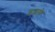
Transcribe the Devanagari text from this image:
इजाफ़े